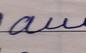
Signature authenticity: forged